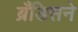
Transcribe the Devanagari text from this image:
ब्रँडिसने